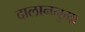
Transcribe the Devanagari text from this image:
दालाननुमा